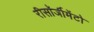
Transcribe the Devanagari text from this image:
रीसॉर्जीमेंटो